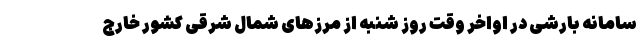
سامانه بارشی در اواخر وقت روز شنبه از مرز‌های شمال شرقی کشور خارج